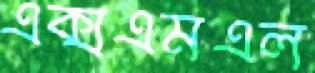
এক্সএমএল